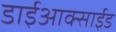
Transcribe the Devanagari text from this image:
डाईआक्साईड